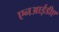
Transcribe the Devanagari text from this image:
एनआईडीए